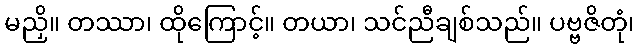
မညှိ။ တဿာ၊ ထိုကြောင့်။ တယာ၊ သင်ညီချစ်သည်။ ပဗ္ဗဇိတုံ၊